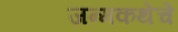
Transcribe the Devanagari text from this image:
जन्मकथेचे